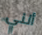
أنني